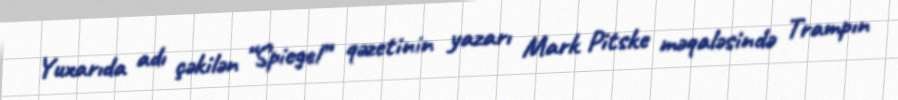
Yuxarıda adı çəkilən “Spiegel” qəzetinin yazarı Mark Pitske məqaləsində Trampın